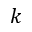
k